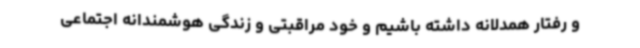
و رفتار همدلانه داشته باشیم و خود مراقبتی و زندگی هوشمندانه اجتماعی